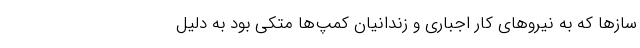
سازها که به نیروهای کار اجباری و زندانیان کمپ‌ها متکی بود به دلیل